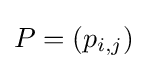
P=(p_{i,j})